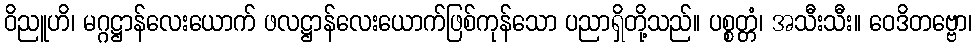
ဝိညူဟိ၊ မဂ္ဂဋ္ဌာန်လေးယောက် ဖလဋ္ဌာန်လေးယောက်ဖြစ်ကုန်သော ပညာရှိတို့သည်။ ပစ္စတ္တံ၊ အသီးသီး။ ဝေဒိတဗ္ဗော၊